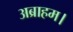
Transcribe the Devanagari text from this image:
अब्राहम।